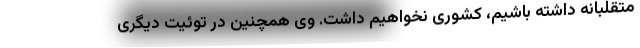
متقلبانه داشته باشیم، کشوری نخواهیم داشت. وی همچنین در توئیت دیگری